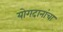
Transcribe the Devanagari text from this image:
योगदानांचा